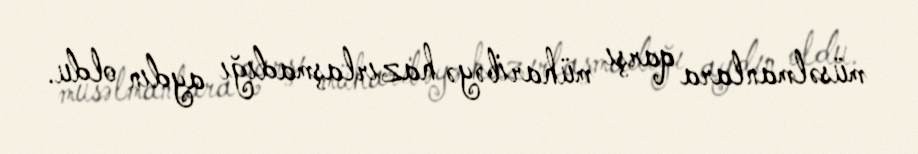
müsəlmanlara qarşı müharibəyə hazırlaşmadığı aydın oldu.